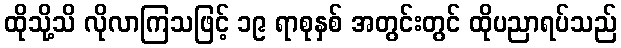
ထိုသို့သိ လိုလာကြသဖြင့် ၁၉ ရာစုနှစ် အတွင်းတွင် ထိုပညာရပ်သည်